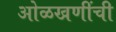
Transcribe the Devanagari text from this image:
ओळखणींची